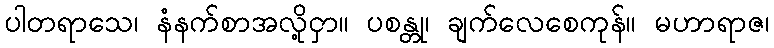
ပါတရာသေ၊ နံနက်စာအလို့ငှာ။ ပစန္တု၊ ချက်လေစေကုန်။ မဟာရာဇ၊